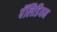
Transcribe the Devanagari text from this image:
पॅलिडियम